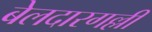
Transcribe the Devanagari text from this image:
बेलदारगल्ली